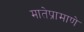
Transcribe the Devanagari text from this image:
मातेप्रामाणे